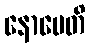
နောပေတိ